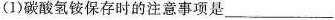
(1)碳酸氢铵保存时的注意事项是___